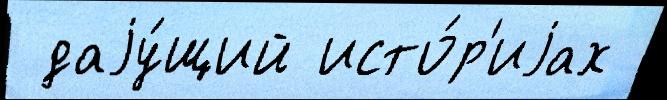
 даjу́щий исто́р'иjах